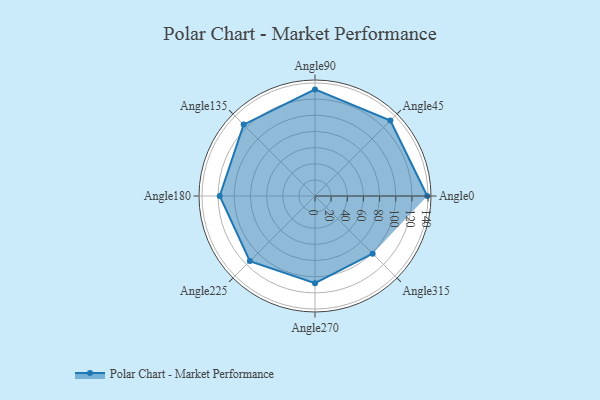
{"axis": {"x": "Angle", "y": "Radius"}, "legend": [""], "data": [{"x": "Angle0", "y": 139.0, "type": ""}, {"x": "Angle45", "y": 132.0, "type": ""}, {"x": "Angle90", "y": 132.0, "type": ""}, {"x": "Angle135", "y": 125.0, "type": ""}, {"x": "Angle180", "y": 118.0, "type": ""}, {"x": "Angle225", "y": 114.0, "type": ""}, {"x": "Angle270", "y": 108.0, "type": ""}, {"x": "Angle315", "y": 101.0, "type": ""}]}